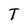
Character: T